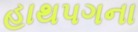
હાથપગના